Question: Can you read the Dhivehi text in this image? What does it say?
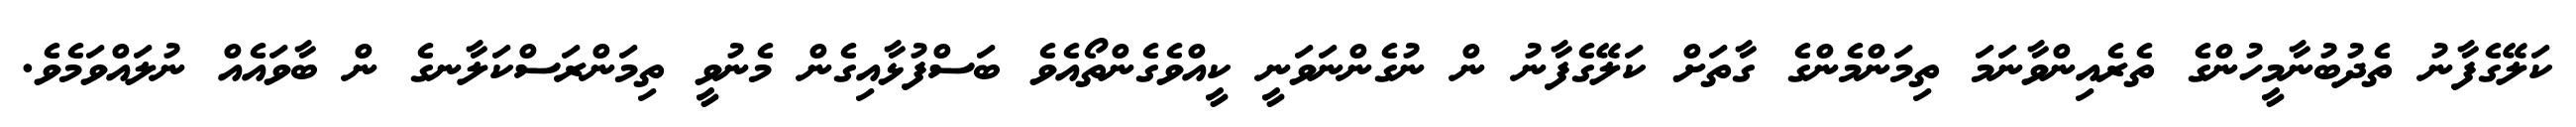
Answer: ކަލޭގެފާނު ތެދުބުނާމީހުންގެ ތެރެއިންވާނަމަ ތިމަންމެންގެ ގާތަށް ކަލޭގެފާނު ން ނުގެންނަވަނީ ކީއްވެގެންތޯއެވެ ބަސްފުޅާއިގެން މެނުވީ ތިމަންރަސްކަލާނގެ ން ބާވައެއް ނުލައްވަމެވެ.